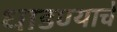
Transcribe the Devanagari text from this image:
धाडण्याचे